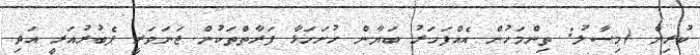
ކުރިން (މިސާލު: ތިންމަހުން އެއްފަހަރު ބަޔާން ހުށަހަޅާ ފަރާތްތަކުން ޖަނަވަރީ ފެބުރުއަރީ އަދި